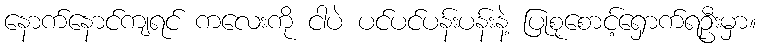
နောက်နောင်ကျရင် ကလေးကို ငါပဲ ပင်ပင်ပန်းပန်းနဲ့ ပြုစုစောင့်ရှောက်ရဦးမှာ။